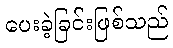
ပေးခဲ့ခြင်းဖြစ်သည်